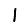
Digit: 1